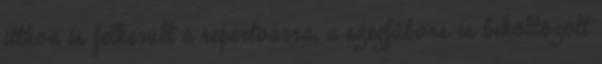
itthon is felkerült a repertoárra, a szegfűbors is beköltözött